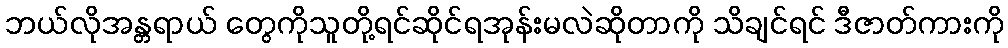
ဘယ်လိုအန္တရာယ် တွေကိုသူတို့ရင်ဆိုင်ရအုန်းမလဲဆိုတာကို သိချင်ရင် ဒီဇာတ်ကားကို